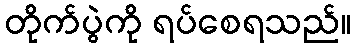
တိုက်ပွဲကို ရပ်စေရသည်။